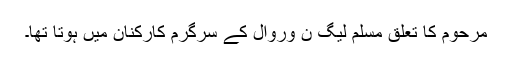
مرحوم کا تعلق مسلم لیگ ن وروال کے سرگرم کارکنان میں ہوتا تھا۔